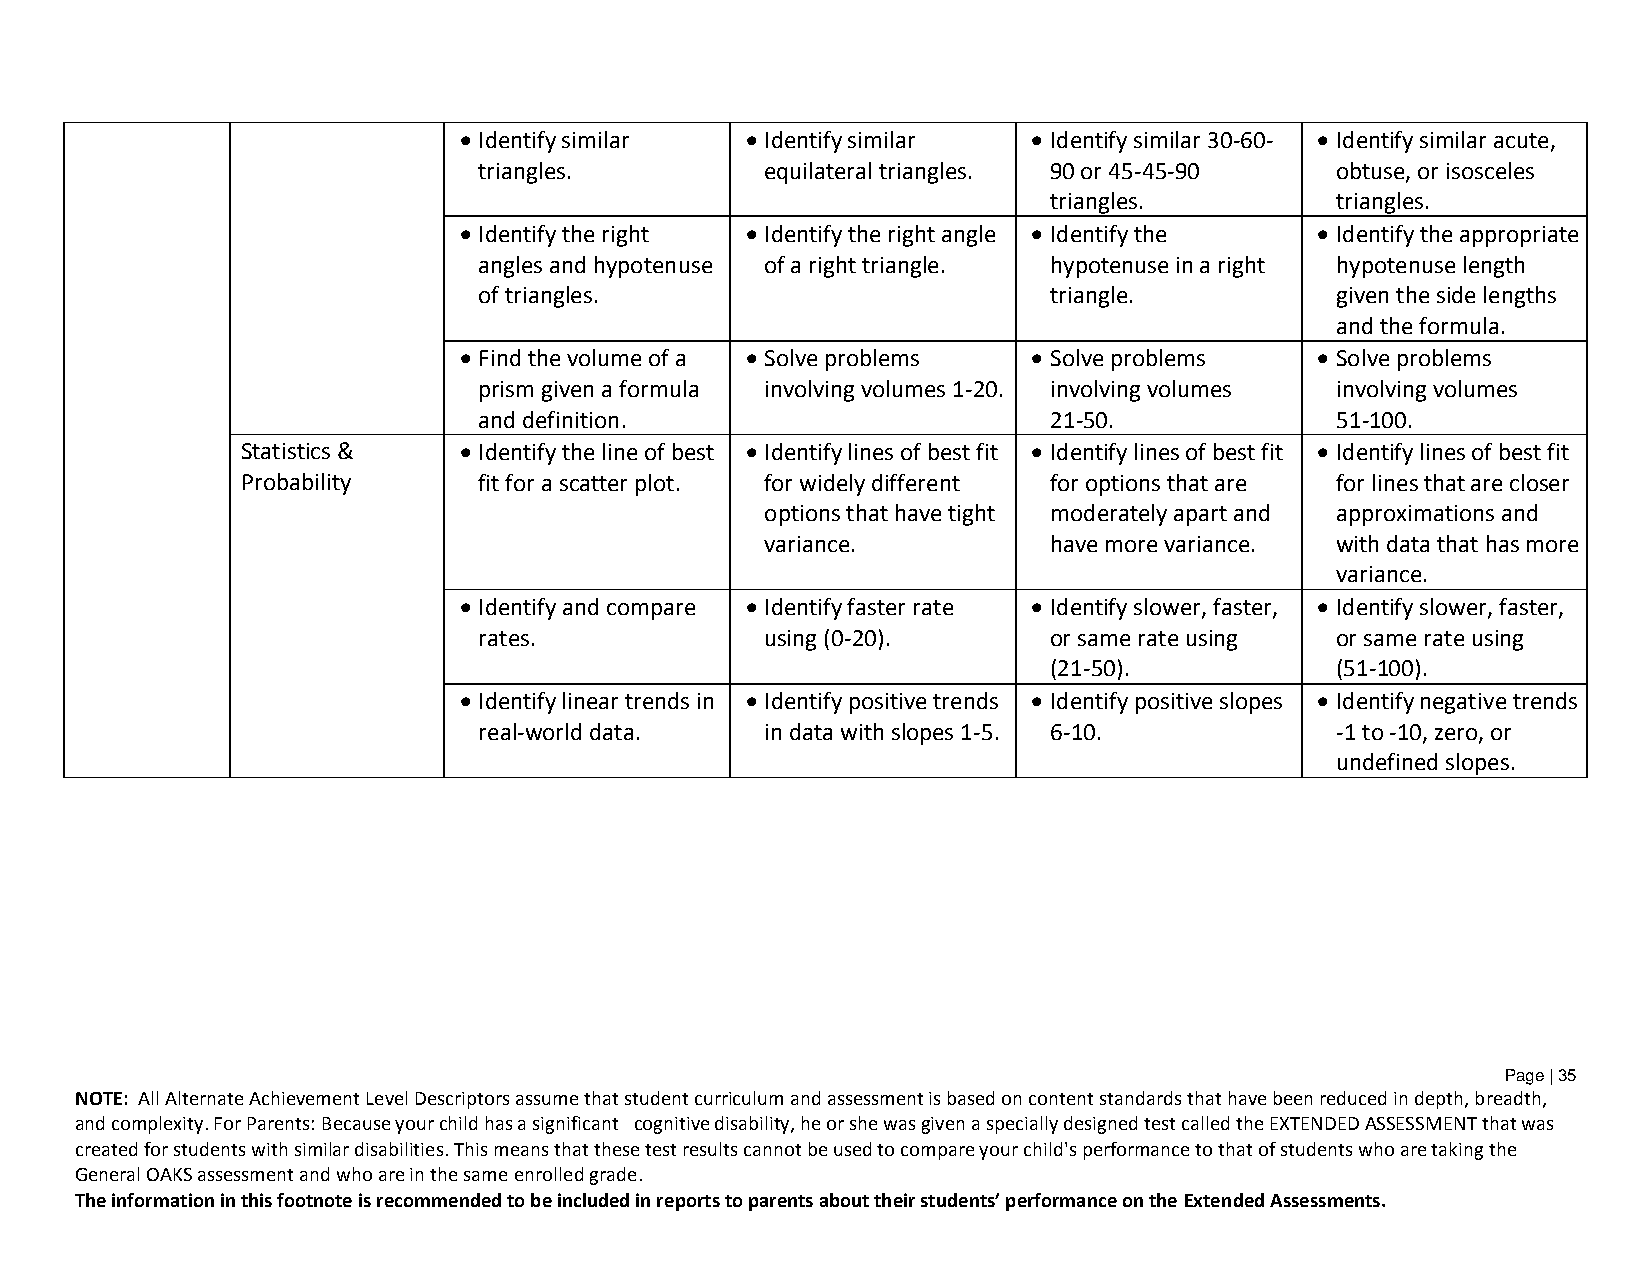
 Identify similar  Identify similar  Identify similar 30-60-  Identify similar acute,
 triangles.         equilateral triangles. 90 or 45-45-90 obtuse, or isosceles
 triangles.         triangles.
  Identify the right  Identify the right angle  Identify the  Identify the appropriate
 angles and hypotenuse of a right triangle. hypotenuse in a right hypotenuse length
 of triangles.                        triangle.          given the side lengths
 and the formula.
  Find the volume of a  Solve problems  Solve problems  Solve problems
 prism given a formula involving volumes 1-20. involving volumes involving volumes
 and definition.                      21-50.             51-100.
 Statistics &   Identify the line of best  Identify lines of best fit  Identify lines of best fit  Identify lines of best fit
 Probability     fit for a scatter plot. for widely different for options that are for lines that are closer
 options that have tight moderately apart and approximations and
 variance.         have more variance. with data that has more
 variance.
  Identify and compare  Identify faster rate  Identify slower, faster,  Identify slower, faster,
 rates.             using (0-20).     or same rate using or same rate using
 (21-50).           (51-100).
  Identify linear trends in  Identify positive trends  Identify positive slopes  Identify negative trends
 real-world data.   in data with slopes 1-5. 6-10.       -1 to -10, zero, or
 undefined slopes.
 Page | 35
 NOTE: All Alternate Achievement Level Descriptors assume that student curriculum and assessment is based on content standards that have been reduced in depth, breadth,
 and complexity. For Parents: Because your child has a significant cognitive disability, he or she was given a specially designed test called the EXTENDED ASSESSMENT that was
 created for students with similar disabilities. This means that these test results cannot be used to compare your child's performance to that of students who are taking the
 General OAKS assessment and who are in the same enrolled grade.
 The information in this footnote is recommended to be included in reports to parents about their students’ performance on the Extended Assessments.